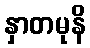
နှာတမုနိ